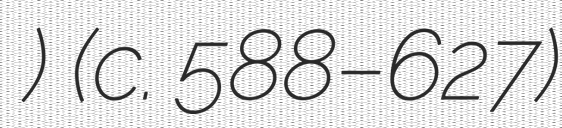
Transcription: بن جحش) (c. 588–627)